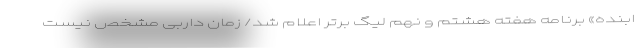
ابنده» برنامه هفته هشتم و نهم لیگ برتر اعلام شد/ زمان داربی مشخص نیست